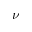
\nu